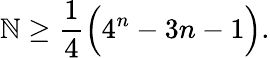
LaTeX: \mathbb{N}\ge\frac{{1}}{{4}}\Big(4^{n}-3n-1\Big).